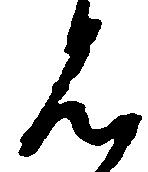
見